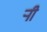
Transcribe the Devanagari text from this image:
र्‍ाी